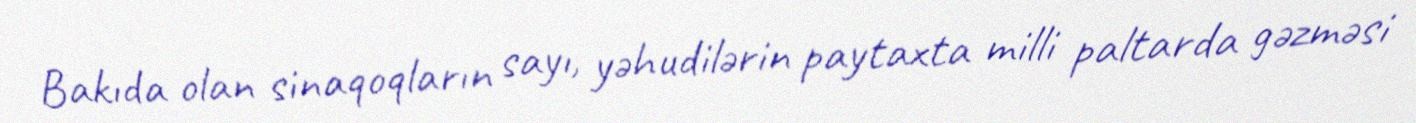
Bakıda olan sinaqoqların sayı, yəhudilərin paytaxta milli paltarda gəzməsi